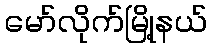
မော်လိုက်မြို့နယ်